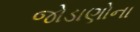
જોડાણોના